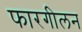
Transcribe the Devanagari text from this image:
फारगीलन